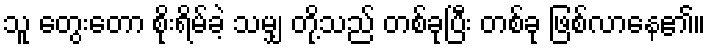
သူ တွေးတော စိုးရိမ်ခဲ့ သမျှ တို့သည် တစ်ခုပြီး တစ်ခု ဖြစ်လာနေ၏။